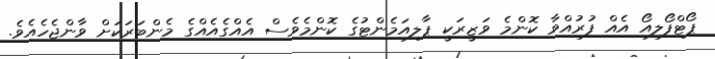
ޕޯޓްފޯލިއޯ އެއް ފުރުއްވާ ކޮންމެ ވަޒީރަކީ ޕާލިއަމެންޓުގެ ކޮންމެވެސް އެއްގެއެއްގެ މެންބަރަކަށް ވާންޖެހެއެވެ.